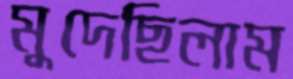
মুদেছিলাম